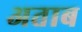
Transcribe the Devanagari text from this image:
अताब